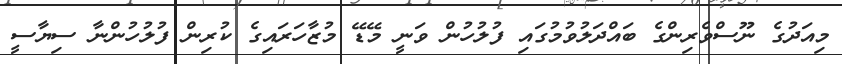
މިއަދުގެ ނޫސްވެރިންގެ ބައްދަލުވުމުގައި ފުލުހުން ވަނީ މޭޑޭ މުޒާހަރައިގެ ކުރިން ފުލުހުންނާ ސިޔާސީ